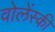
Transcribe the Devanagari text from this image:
वोलेंस्की